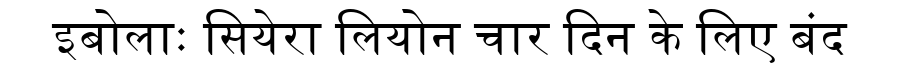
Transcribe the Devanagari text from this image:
इबोलाः सियेरा लियोन चार दिन के लिए बंद